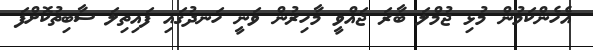
އެހެންކަމުން މުޅި ޖުމްލަ ބާރަ ޖައްވީ މާހިރުން ވަނީ ހަނދުގައި ފައިތިލަ ސާބިތުކޮށްފަ